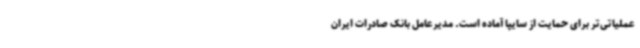
عملیاتی‌تر برای حمایت از سایپا آماده است. مدیرعامل بانک صادرات ایران